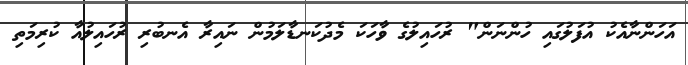
އަހަންނާއެކު އުފަލުގައި ހުންނަން" ރުހައިލުގެ ވާހަކަ މެދުކަނޑާލަމުން ނައިރާ އެނބުރި ރުހައިލުއާ ކުރިމަތި